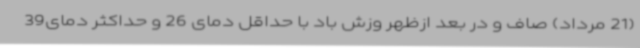
(21 مرداد) صاف و در بعد ازظهر وزش باد با حداقل دمای 26 و حداکثر دمای39